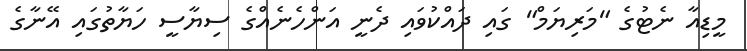
މީޑިއާ ނެޓުގެ "މަރިޔަމް" ގައި ދައްކުވައި ދެނީ އަންހެނެއްގެ ސިޔާސީ ހަޔާތުގައި އޭނާގެ